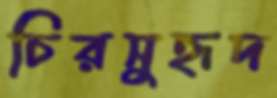
চিরসুহৃদ